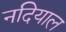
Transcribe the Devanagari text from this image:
नदियाल